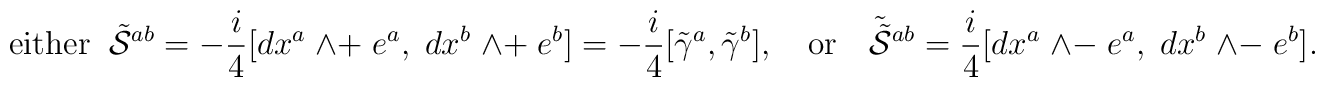
{\rm either} \;\; \tilde{{\cal S}}^{ab} = -\frac{i}{4} [dx^a \; \wedge + \;e^a, \; dx^b\; \wedge + \; e^b ] =  -\frac{i}{4} [\tilde{\gamma}^a, \tilde{\gamma}^b], \quad {\rm or} \quad \tilde{\tilde{\cal S}}{ }^{ab} = \frac{i}{4} [dx^a\; \wedge -\; e^a  ,\; dx^b \; \wedge - \;e^b ].